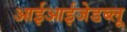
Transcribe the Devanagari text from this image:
आईआईजेडब्लू